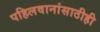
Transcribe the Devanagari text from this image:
पहिलवानांसाठीही